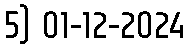
5) 01-12-2024